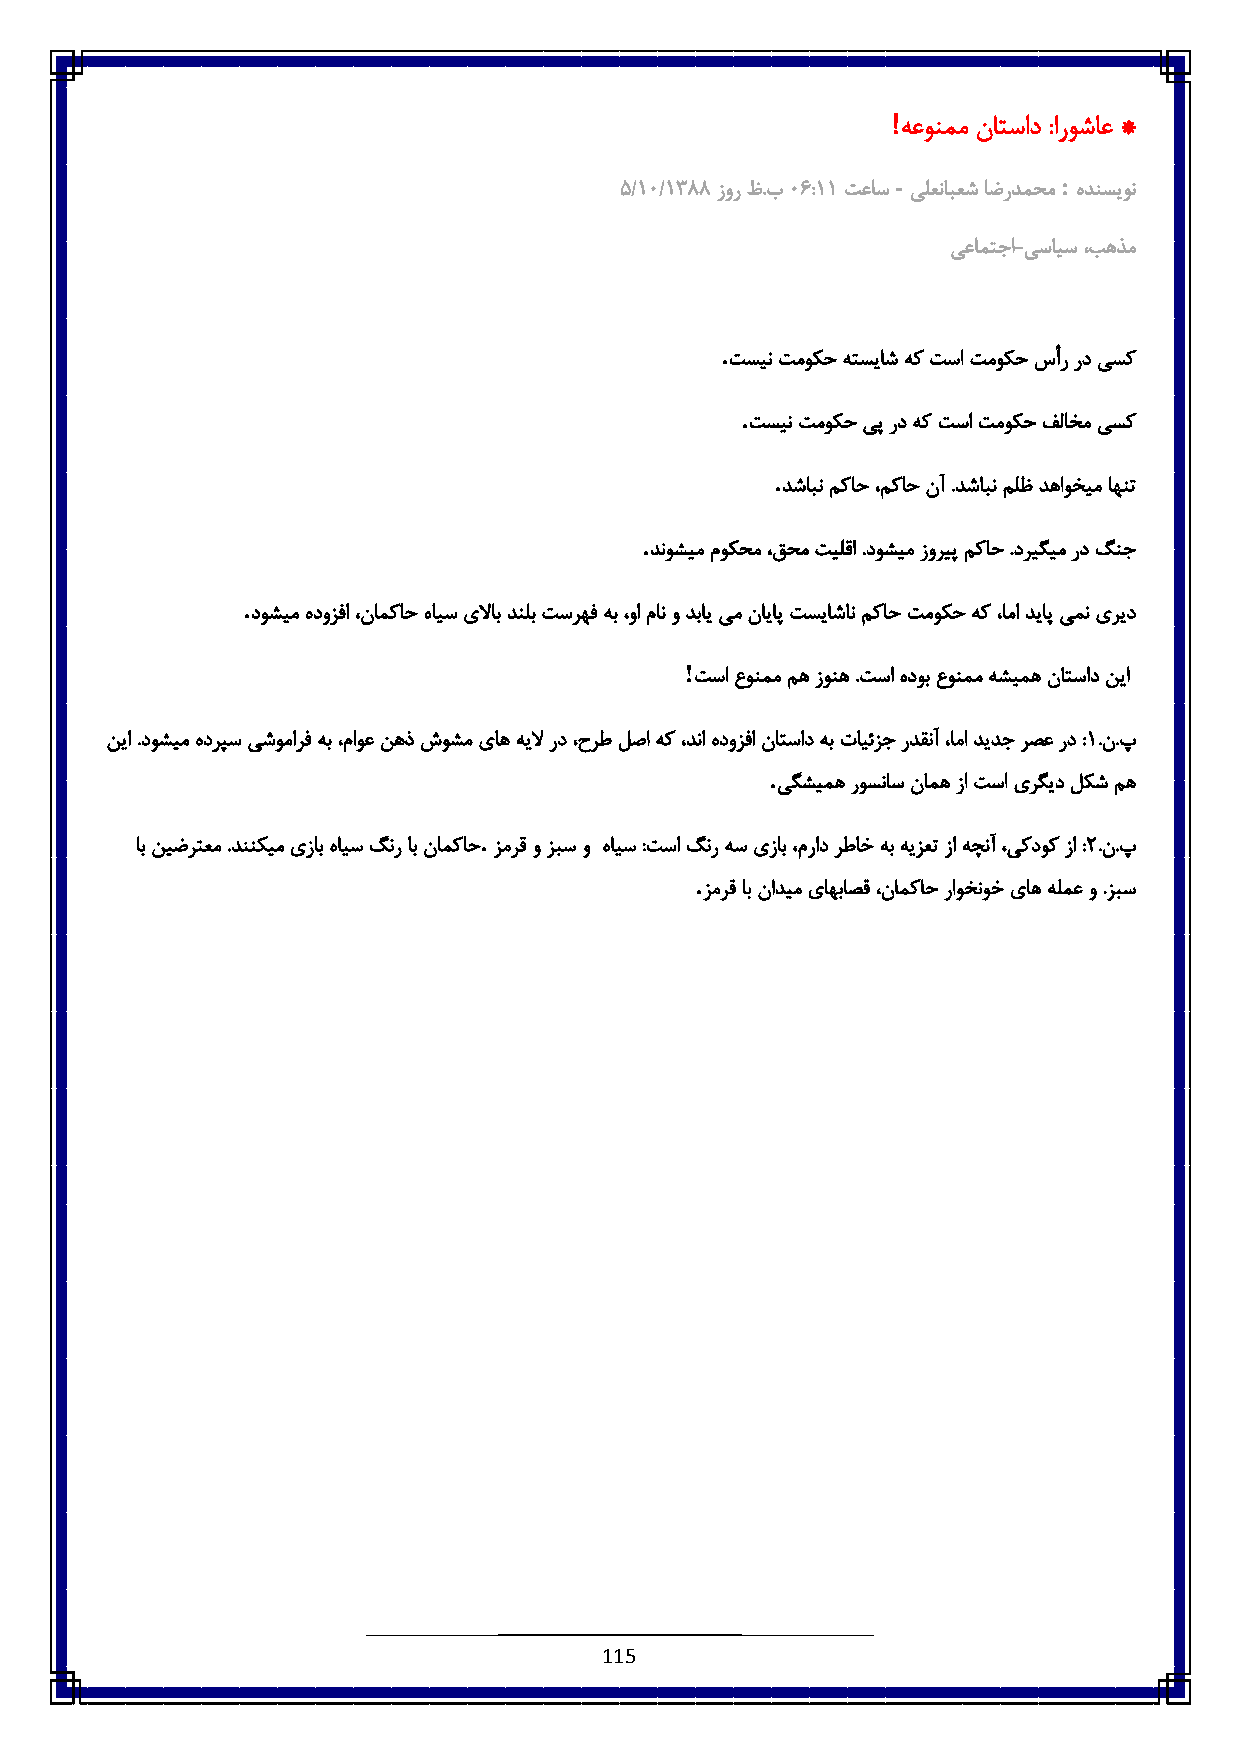
!
 هعونمم ناتساد :اروشاع *
 -          :
 ٠/6٥/6833 زور ظ.ب٥ 1:66 تعاس یلعنابعش اضردمحم هدنسیون
 یعامتجا-یسایس ،بهذم
 .
 تسین تموکح هتسیاش هک تسا تموکح سأر رد یسک
 .
 تسین تموکح یپ رد هک تسا تموکح فلاخم یسک
 .
 دشابن مکاح ،مکاح نآ .دشابن ملظ دهاوخیم اهنت
 .
 دنوشیم موکحم ،قحم تیلقا .دوشیم زوریپ مکاح .دریگیم رد گنج
 .
 دوشیم هدوزفا ،نامکاح هایس یلااب دنلب تسرهف هب ،وا مان و دبای یم نایاپ تسیاشان مکاح تموکح هک ،اما دیاپ یمن یرید
 !
 تسا عونمم مه زونه .تسا هدوب عونمم هشیمه ناتساد نیا
 نیا .دوشیم هدرپس یشومارف هب ،ماوع نهذ شوشم یاه هیلا رد ،حرط لصا هک ،دنا هدوزفا ناتساد هب تایئزج ردقنآ ،اما دیدج رصع رد :6.ن.پ
 .
 یگشیمه روسناس نامه زا تسا یرگید لکش مه
 .
 اب نیضرتعم .دننکیم یزاب هایس گنر اب نامکاح زمرقوزبس و هایس :تسا گنر هس یزاب ،مراد رطاخ هب هیزعت زا هچنآ ،یکدوک زا ::.ن.پ
 .
 زمرق اب نادیم یاهباصق ،نامکاح راوخنوخ یاه هلمع و .زبس
 115